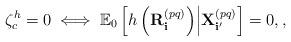
LaTeX: \begin{align*} \zeta_c^h = 0 \iff \mathbb{E}_0\left[h\left(\mathbf{R}^{(pq)}_{\mathbf{i}}\right) \middle| {\bf X}^{(pq)}_{{\bf i}'} \right] = 0, ,\end{align*}